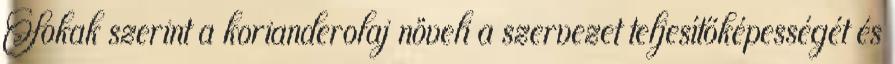
Sokak szerint a korianderolaj növeli a szervezet teljesítőképességét és